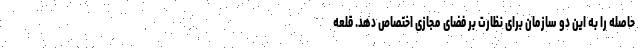
حاصله را به این دو سازمان برای نظارت بر فضای مجازی اختصاص دهد. قلعه